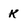
Character: K